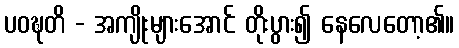
ပဝဍ္ဎတိ - အကျိုးများအောင် တိုးပွား၍ နေလေတော့၏။